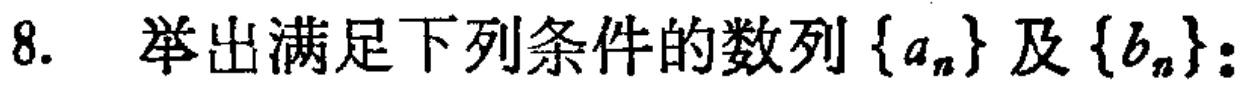
8. 举出满足下列条件的数列\(\{a_{n}\}\)及\(\{b_{n}\}\)：